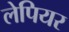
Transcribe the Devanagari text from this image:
लेपियर